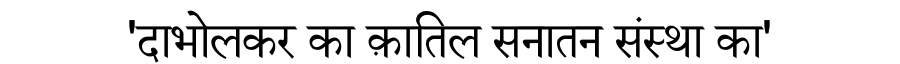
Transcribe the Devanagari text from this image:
'दाभोलकर का क़ातिल सनातन संंस्था का'